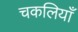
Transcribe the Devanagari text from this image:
चकलियाँ